Calcutta medical institutions reports 1871-78
Year: 1871
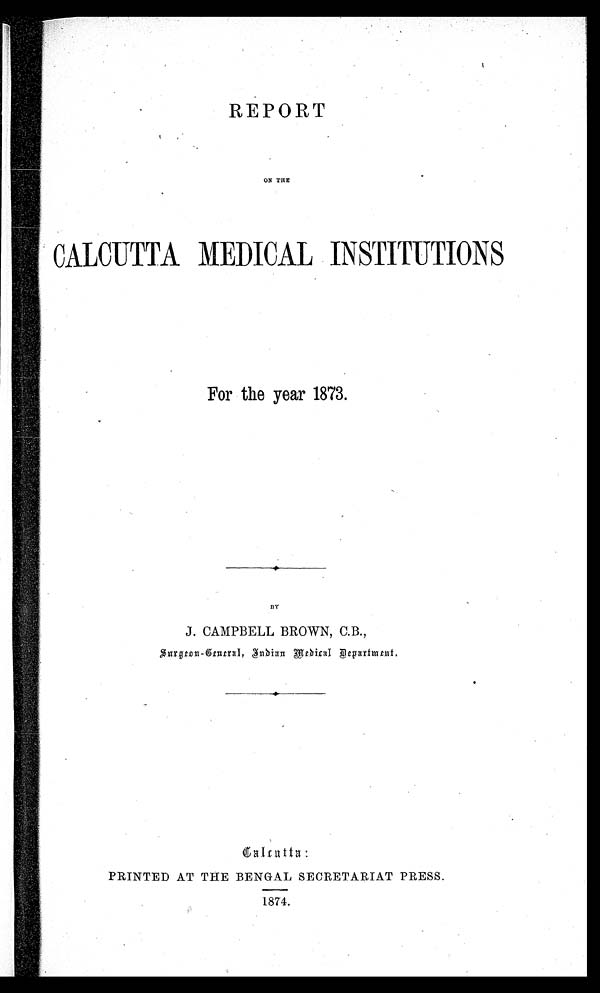
REPORT
ON THE
CALCUTTA MEDICAL INSTITUTIONS
For the year 1873.
BY
J. CAMPBELL BROWN, C.B.,
S urgeon-General, Indian Medical Depart ment.
Calcutta:
PRINTED AT THE BENGAL SECRETARIAT PRESS.
1874.